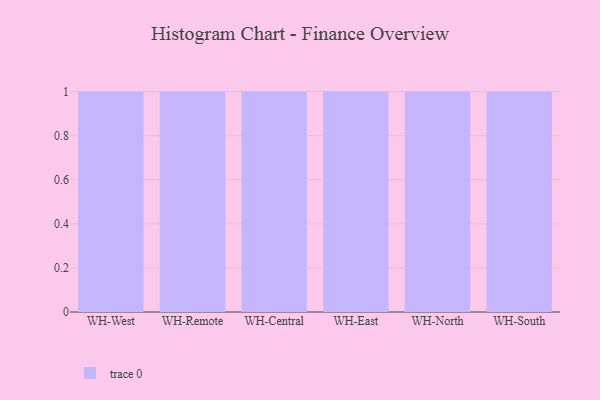
{"axis": {"x": "Warehouse", "y": "Revenue (USD Million)"}, "legend": [""], "data": [{"x": "WH-West", "y": 100, "type": ""}, {"x": "WH-Remote", "y": 27, "type": ""}, {"x": "WH-Central", "y": 40, "type": ""}, {"x": "WH-East", "y": 90, "type": ""}, {"x": "WH-North", "y": 55, "type": ""}, {"x": "WH-South", "y": 46, "type": ""}]}